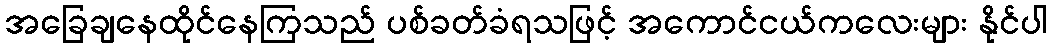
အခြေချနေထိုင်နေကြသည် ပစ်ခတ်ခံရသဖြင့် အကောင်ငယ်ကလေးများ နိုင်ပါ